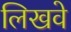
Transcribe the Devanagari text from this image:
लिखवे